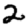
Digit: 2